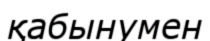
қабынумен